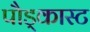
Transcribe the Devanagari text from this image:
पौड्कास्ट